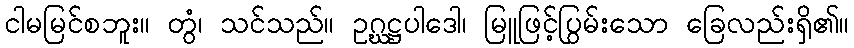
ငါမမြင်စဘူး။ တွံ၊ သင်သည်။ ဥဂ္ဃဋ္ဌပါဒေါ၊ မြူဖြင့်ပြွမ်းသော ခြေလည်းရှိ၏။